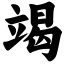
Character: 竭